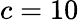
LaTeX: c=10